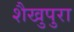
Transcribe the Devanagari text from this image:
शैखुपुरा